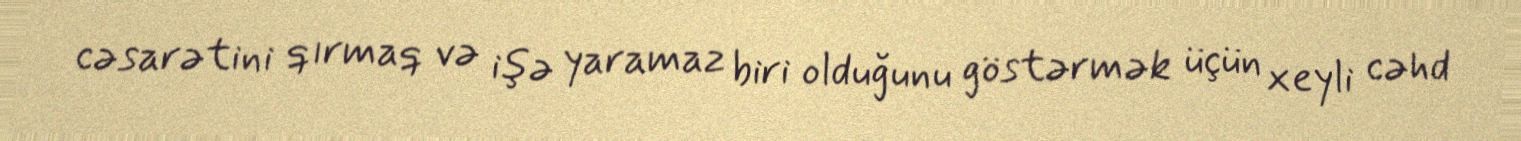
cəsarətini qırmaq və işə yaramaz biri olduğunu göstərmək üçün xeyli cəhd